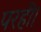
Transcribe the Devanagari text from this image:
परहीं।